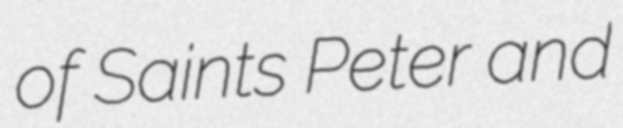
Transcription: of Saints Peter and